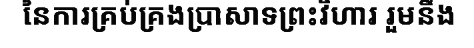
នៃការគ្រប់គ្រងប្រាសាទព្រះវិហារ រួមនឹង